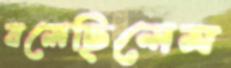
বলেছিলেম